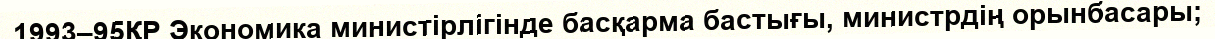
1993–95ҚР Экономика министірлігінде басқарма бастығы, министрдің орынбасары;